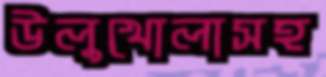
উলুখোলাসহ